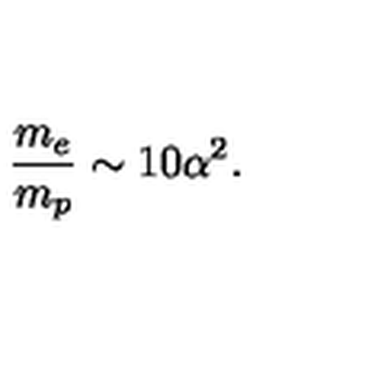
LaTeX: { \frac { m _ { e } } { m _ { p } } } \sim 1 0 \alpha ^ { 2 } .